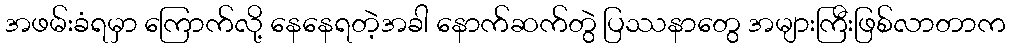
အဖမ်းခံရမှာ ကြောက်လို့ နေနေရတဲ့အခါ နောက်ဆက်တွဲ ပြဿနာတွေ အများကြီးဖြစ်လာတာက